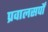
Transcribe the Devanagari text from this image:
प्रवालसर्पों